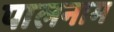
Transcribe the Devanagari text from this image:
पालनाम